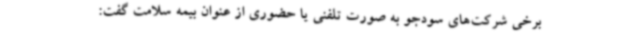
برخی شرکت‌های سودجو به صورت تلفنی یا حضوری از عنوان بیمه سلامت گفت: